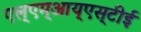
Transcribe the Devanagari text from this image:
एल्‌एम्‌आय्‌एस्‌टीई